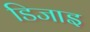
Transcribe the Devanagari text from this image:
डिजाइ